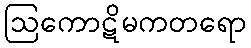
ဩကောဋိမကတရော